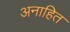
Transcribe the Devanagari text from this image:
अनाहित